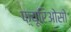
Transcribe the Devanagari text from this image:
फ़्यूरिओसो